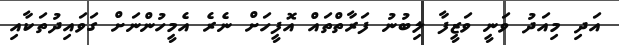
އަދި މިއަދު ވަނީ ވަޒީފާ ލިބުނު ފަރާތްތައް އޮފީހަށް ނެރެ އެމީހުންނަށް ގަވައިދުތަކާއި